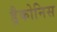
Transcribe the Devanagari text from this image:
ड्रैकोनिस